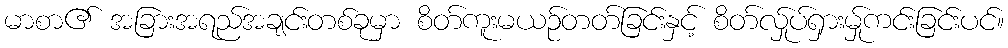
မာစာ၏ အခြားအရည်အချင်းတစ်ခုမှာ စိတ်ကူးမယဉ်တတ်ခြင်းနှင့် စိတ်လ်ှုပ်ရှားမ်ှုကင်းခြင်းပင်။